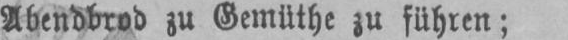
Abendbrod zu Gemüthe zu führen;